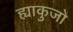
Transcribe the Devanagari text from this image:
ह्याकुजो